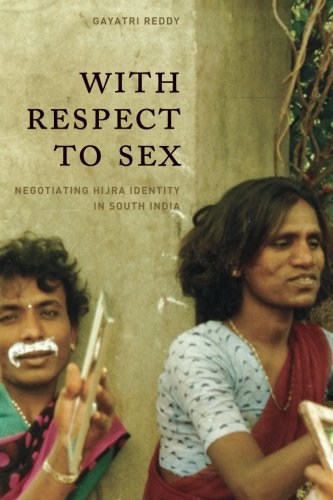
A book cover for With Respect to Sex: Negotiating Hijra Identity in South India (Worlds of Desire: The Chicago Series on Sexuality, Gender, and Culture); Gayatri Reddy; Gay & Lesbian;